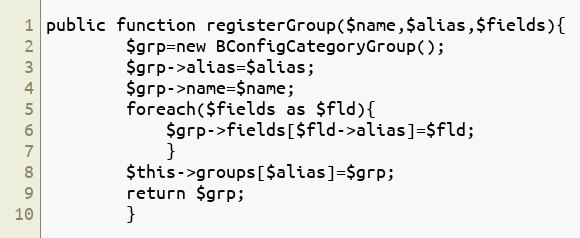
Language: PHP
public function registerGroup($name,$alias,$fields){
		$grp=new BConfigCategoryGroup();
		$grp->alias=$alias;
		$grp->name=$name;
		foreach($fields as $fld){
			$grp->fields[$fld->alias]=$fld;
			}
		$this->groups[$alias]=$grp;
		return $grp;
		}